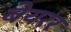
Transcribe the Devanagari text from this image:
बेयरर